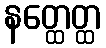
နတ္ထေတ္ထ